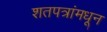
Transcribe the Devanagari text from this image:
शतपत्रांमधून